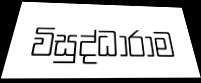
විසුද්ධාරාම